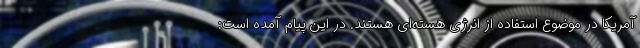
آمریکا در موضوع استفاده از انرژی هسته‌ای هستند. در این پیام آمده است: